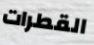
القطرات